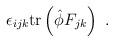
LaTeX: \begin{align*}\epsilon_{ijk} \mbox{tr} \left( \hat{\phi} F_{jk} \right) \ .\end{align*}